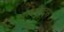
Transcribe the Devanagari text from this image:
ससपेक्ट्स